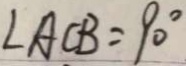
\angle A C B = 9 0 ^ { \circ }